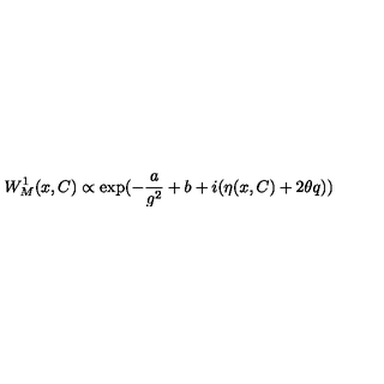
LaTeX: W _ { M } ^ { 1 } ( x , C ) \propto \exp ( - \frac { a } { g ^ { 2 } } + b + i ( \eta ( x , C ) + 2 \theta q ) )